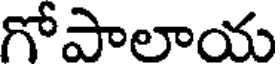
గోపాలాయ